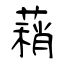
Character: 蕱